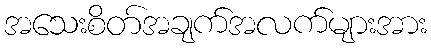
အသေးစိတ်အချက်အလက်များအား